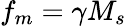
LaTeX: f_{m}=\gamma M_{s}